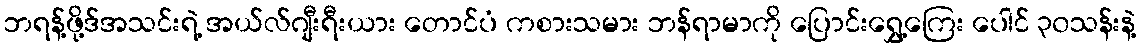
ဘရန့်ဖို့ဒ်အသင်းရဲ့ အယ်လ်ဂျီးရီးယား တောင်ပံ ကစားသမား ဘန်ရာမာကို ပြောင်းရွှေ့ကြေး ပေါင် ၃၀သန်းနဲ့